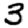
Digit: 3